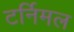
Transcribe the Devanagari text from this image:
टर्निमल